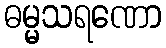
ဓမ္မသရဏော